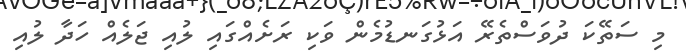
މި ސަތޭކަ ދުވަސްތެރޭ އަޅުގަނޑުމެން ވަކި ރަށެއްގައި ލުއި ޖަލެއް ހަދާ ލުއި